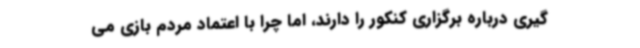
گیری درباره برگزاری کنکور را دارند، اما چرا با اعتماد مردم بازی می